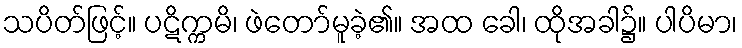
သပိတ်ဖြင့်။ ပဋိက္ကမိ၊ ဖဲတော်မူခဲ့၏။ အထ ခေါ၊ ထိုအခါ၌။ ပါပိမာ၊